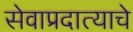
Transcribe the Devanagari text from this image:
सेवाप्रदात्याचे